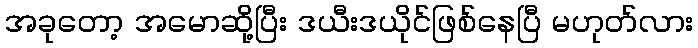
အခုတော့ အမောဆို့ပြီး ဒယီးဒယိုင်ဖြစ်နေပြီ မဟုတ်လား